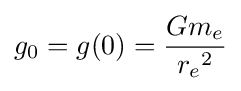
g_{0}=g(0)={\frac {Gm_{e}}{{r_{e}}^{2}}}